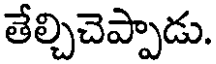
తేల్చిచెప్పాడు.